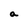
Character: a